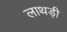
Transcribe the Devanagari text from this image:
लाथड़ी